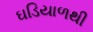
ઘડિયાળથી